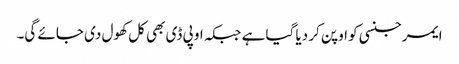
ایمرجنسی کو اوپن کر دیا گیا ہے جبکہ او پی ڈی بھی کل کھول دی جائے گی۔